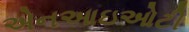
એનઆઇઓટી